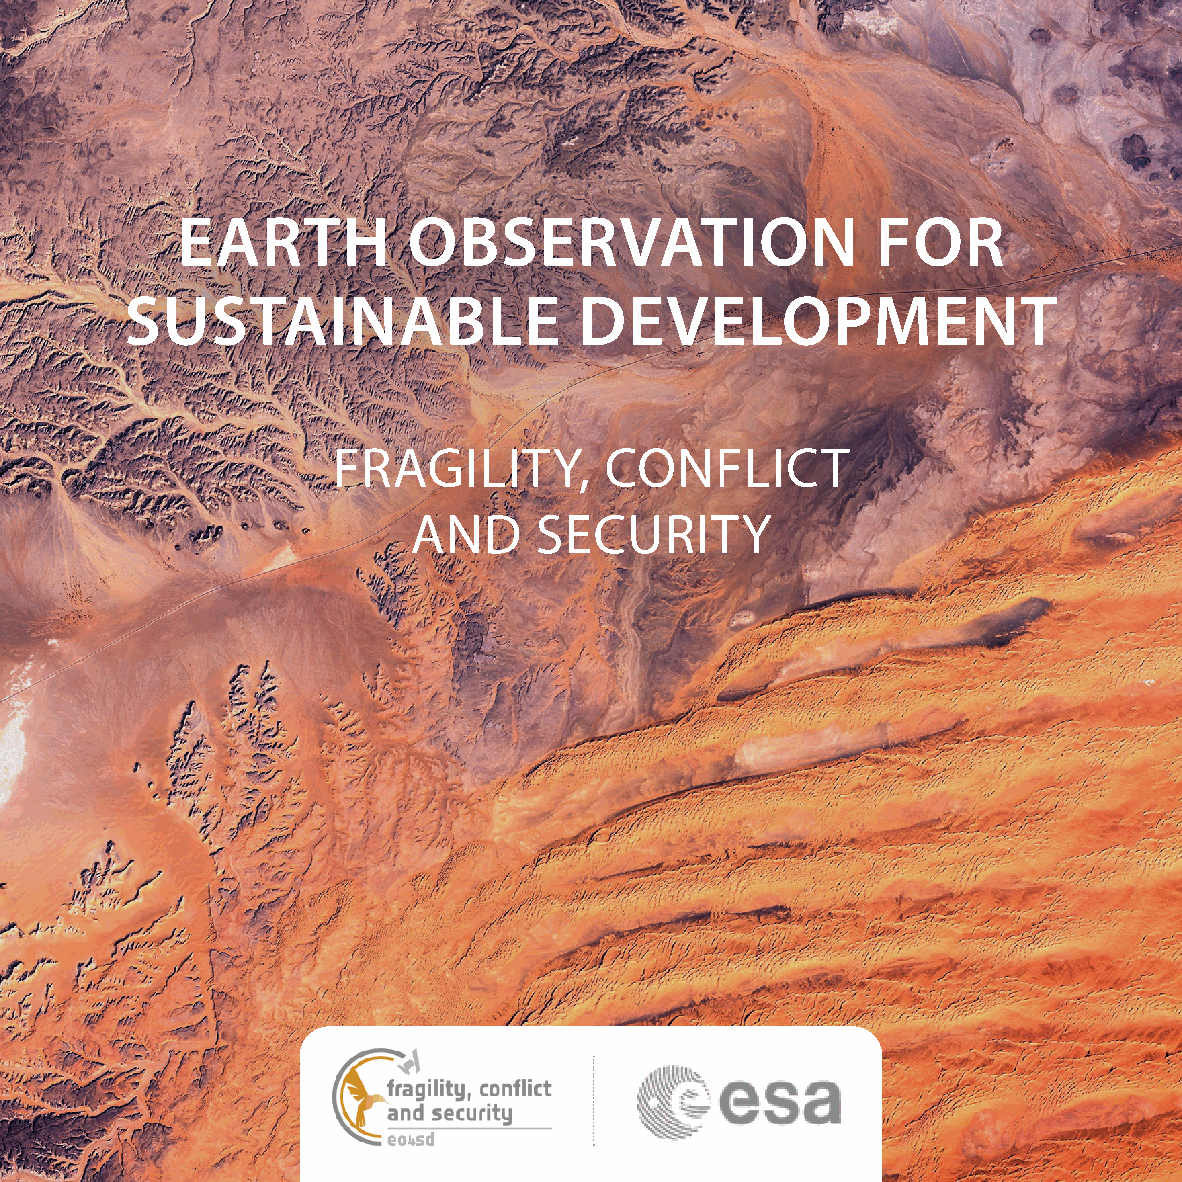
EARTH          OBSERVATION                    FOR
 SUSTAINABLE                   DEVELOPMENT
 FRAGILITY,        CONFLICT
 AND     SECURITY